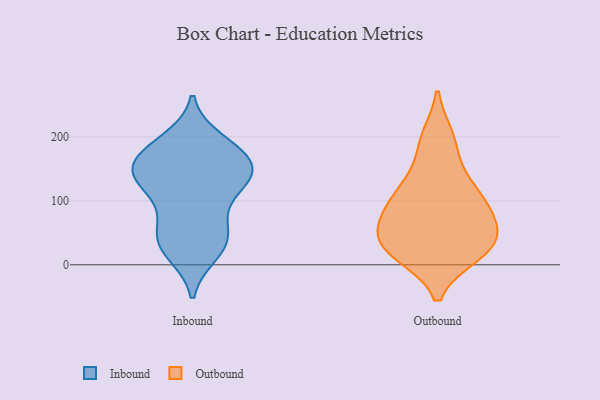
{"axis": {"x": "LTV (USD)", "y": "Value"}, "legend": ["Inbound", "Outbound"], "data": [{"x": "", "y": 193, "type": "Inbound"}, {"x": "", "y": 126, "type": "Inbound"}, {"x": "", "y": 177, "type": "Inbound"}, {"x": "", "y": 19, "type": "Inbound"}, {"x": "", "y": 135, "type": "Inbound"}, {"x": "", "y": 64, "type": "Inbound"}, {"x": "", "y": 157, "type": "Inbound"}, {"x": "", "y": 133, "type": "Inbound"}, {"x": "", "y": 38, "type": "Inbound"}, {"x": "", "y": 30, "type": "Inbound"}, {"x": "", "y": 125, "type": "Inbound"}, {"x": "", "y": 148, "type": "Inbound"}, {"x": "", "y": 76, "type": "Inbound"}, {"x": "", "y": 35, "type": "Inbound"}, {"x": "", "y": 175, "type": "Inbound"}, {"x": "", "y": 142, "type": "Inbound"}, {"x": "", "y": 180, "type": "Inbound"}, {"x": "", "y": 190, "type": "Outbound"}, {"x": "", "y": 32, "type": "Outbound"}, {"x": "", "y": 107, "type": "Outbound"}, {"x": "", "y": 33, "type": "Outbound"}, {"x": "", "y": 19, "type": "Outbound"}, {"x": "", "y": 51, "type": "Outbound"}, {"x": "", "y": 119, "type": "Outbound"}, {"x": "", "y": 17, "type": "Outbound"}, {"x": "", "y": 135, "type": "Outbound"}, {"x": "", "y": 95, "type": "Outbound"}, {"x": "", "y": 74, "type": "Outbound"}, {"x": "", "y": 21, "type": "Outbound"}, {"x": "", "y": 56, "type": "Outbound"}, {"x": "", "y": 81, "type": "Outbound"}, {"x": "", "y": 198, "type": "Outbound"}]}